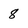
Character: 8